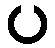
ပ